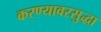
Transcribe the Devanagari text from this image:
करण्यावरसुद्धा